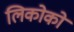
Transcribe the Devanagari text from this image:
लिकोको